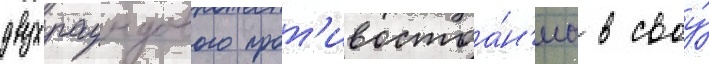
двухраундового прот'ивостоа́н'иа в своу́